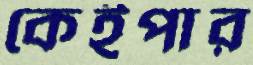
কেইপার